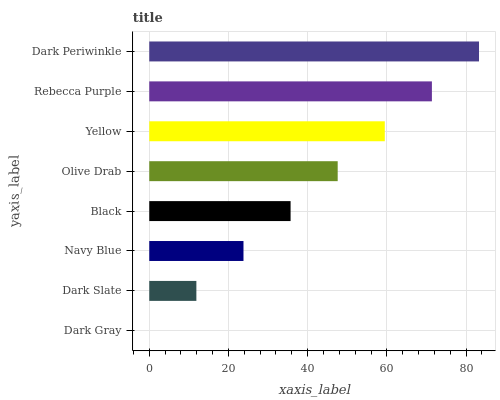
| yaxis_label | bars |
 | --- | --- |
 | Dark Gray | 0 |
 | Dark Slate | 11.9 |
 | Navy Blue | 23.8 |
 | Black | 35.7 |
 | Olive Drab | 47.6 |
 | Yellow | 59.5 |
 | Rebecca Purple | 71.4 |
 | Dark Periwinkle | 83.3 |